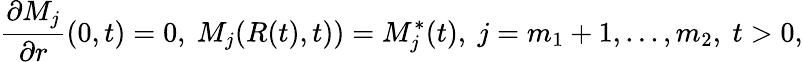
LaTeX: \frac{\partial M_{j}}{\partial r}(0,t)=0,\ M_{j}(R(t),t))=M_{j}^{*}(t),\ j=m_{1}+1,...,m_{2},\ t>0,